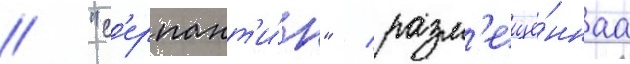
// "с'ерпант'и́н" / разм'ещё́ннаа